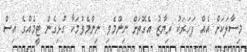
މިސާލަކަށް އެއް ފަހަރަކު ރިޔާޒު އެގޮތަށް ނިންމެވި ނިންމެވުމަކާ ގުޅިގެން ޓީމެއްގެ އިސް